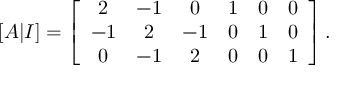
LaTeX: [ A | I ] = \left[ { \begin{array} { c c c c c c } { 2 } & { - 1 } & { 0 } & { 1 } & { 0 } & { 0 } \\ { - 1 } & { 2 } & { - 1 } & { 0 } & { 1 } & { 0 } \\ { 0 } & { - 1 } & { 2 } & { 0 } & { 0 } & { 1 } \end{array} } \right] .